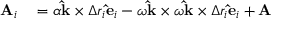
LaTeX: \begin{array} { r l } { \mathbf { A } _ { i } } & { { } = \alpha \mathbf { \hat { k } } \times \Delta r _ { i } \mathbf { \hat { e } } _ { i } - \omega \mathbf { \hat { k } } \times \omega \mathbf { \hat { k } } \times \Delta r _ { i } \mathbf { \hat { e } } _ { i } + \mathbf { A } } \end{array}